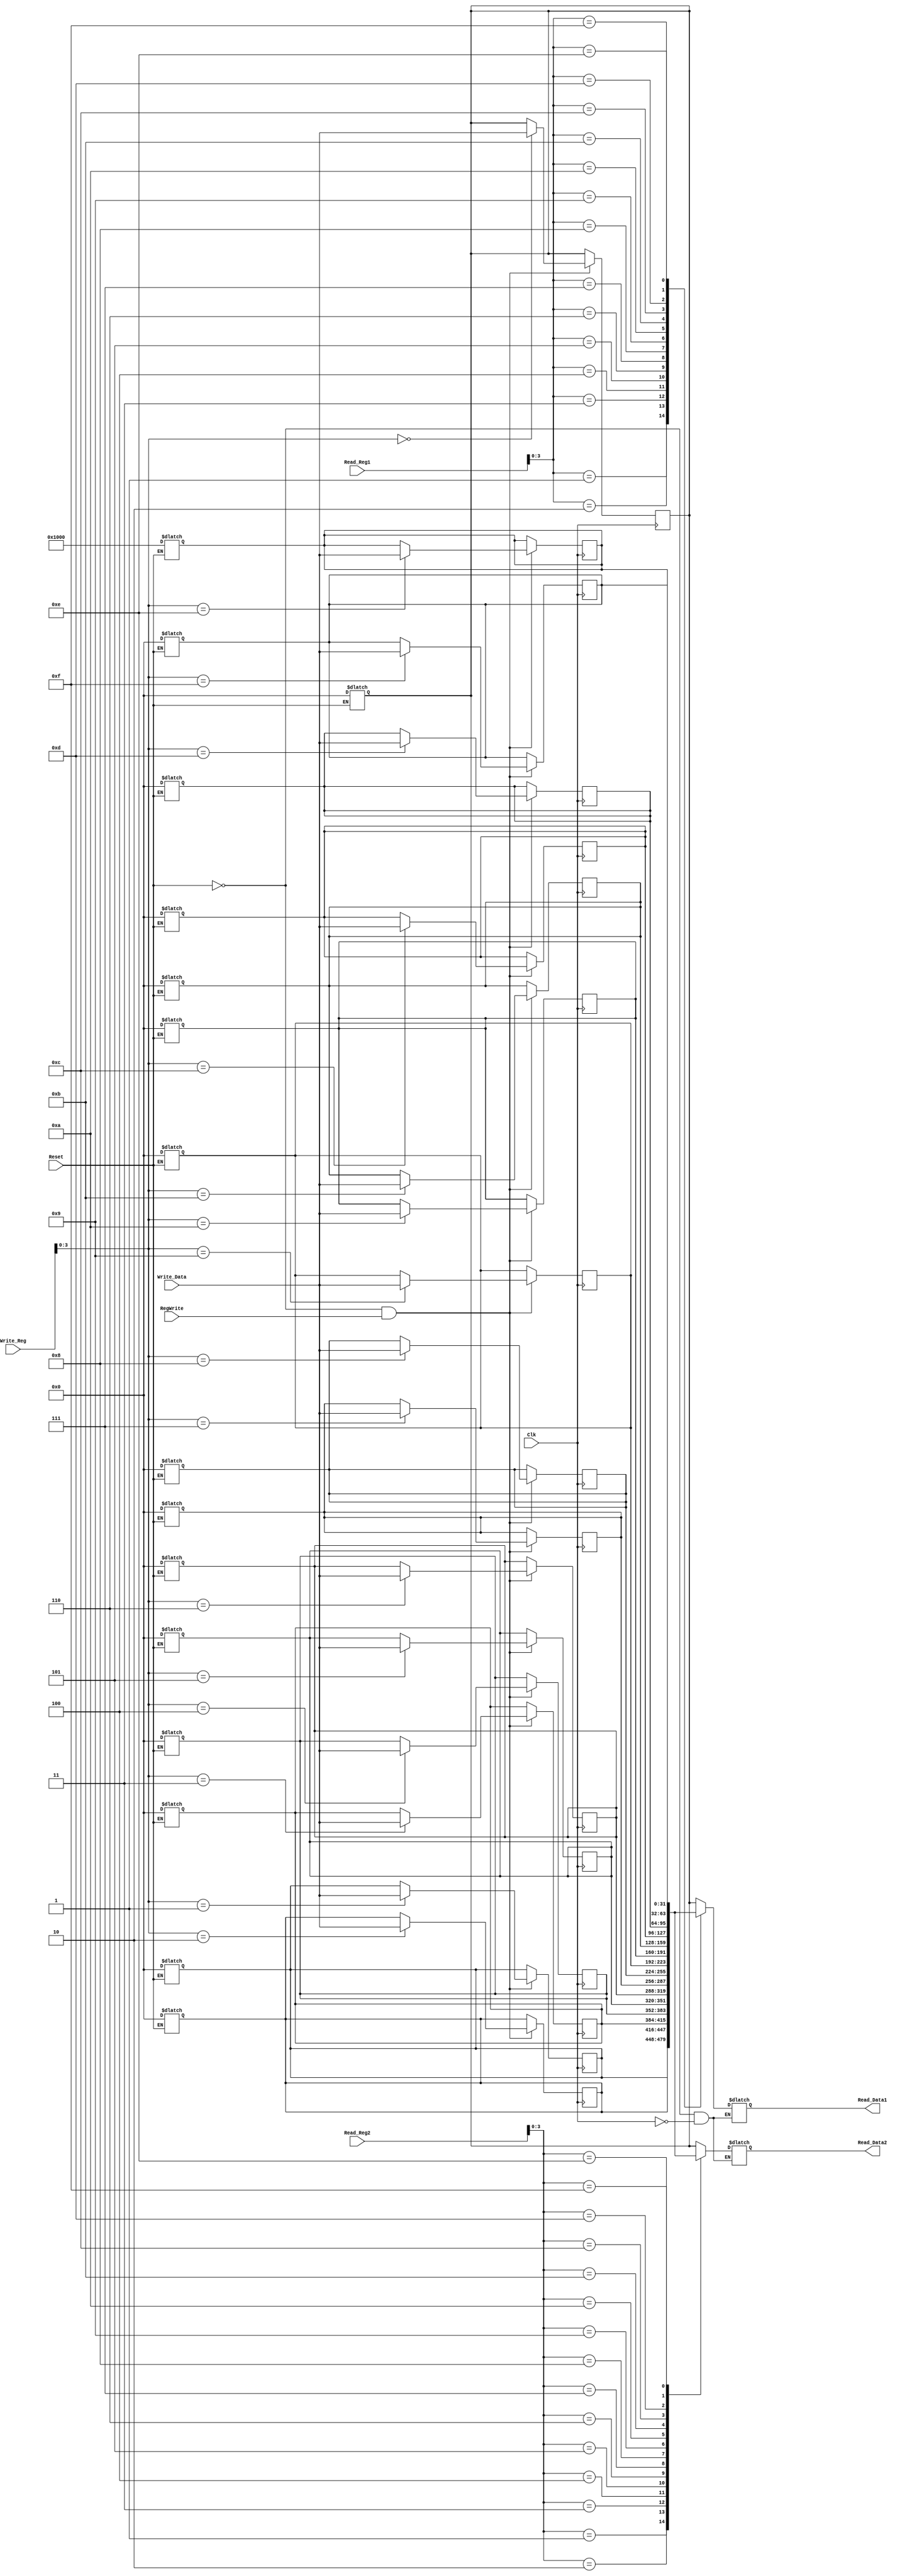
// Register:
// It has 16 Registers.
// Out of those 14 (R0,R1....R13) are General purpose Register.
// R14 (Stack Pointer) and R15 (Return Address Register) are Special purpose register.
// Each Register is 32 bit wide and clock edge triggered.


module REGISTER_FILE( input [4:0] Read_Reg1,
                      input [4:0] Read_Reg2,
                      input [4:0] Write_Reg,
                      input [31:0] Write_Data,
                      input Reset,
                      input Clk,
                      input RegWrite,
                      output reg [31:0] Read_Data1,
                      output reg [31:0] Read_Data2
                     );

//wire [3:0] A1,A2,A3;
//wire [31:0] D3;
//wire Reset,Clk;
//reg [31:0] D1,D2;

reg [31:0] R [15:0];
reg [15:0]ind;

//wire IsWb;
//--------------------------------------


always @(Reset)
                   begin
if (Reset==1)
                   begin
                   for (ind=0;ind<16;ind=ind+1)
                   begin
                   if (ind!=14)
                   R[ind]  = 32'b0;
                   else 
                   R[ind]  = 32'h1000;
                   end
                   end
                   end
                   
                     always @(Clk or Read_Reg1 or Read_Reg2)
                     begin
                     if (Reset!=1 && Clk==0)                      // Getting operands from Register file
                     begin                     
                     Read_Data1 = R[Read_Reg1];
                     Read_Data2 = R[Read_Reg2];
                     end
                     end

                     always @(posedge Clk)
                     begin                                       // Storing Result in the Register file
                     if (Reset!=1 && RegWrite==1)
                     R[Write_Reg] <= Write_Data;
                     end

endmodule